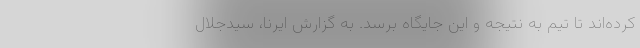
کرده‌اند تا تیم به نتیجه و این جایگاه برسد. به گزارش ایرنا، سیدجلال